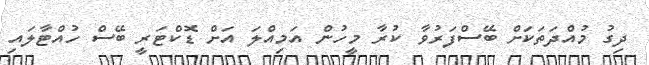
ދިގު މުއްދަތަކަށް ބޭސްފަރުވާ ކުރާ މީހުން އަމިއްލަ އަށް ޑޮކްޓަރީ ބޭސް ހުއްޓާލައި